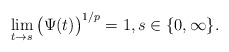
\begin{align*}\lim_{t\to s}\big(\Psi(t)\big)^{1/p}=1,s\in\{0,\infty\}.\end{align*}